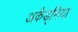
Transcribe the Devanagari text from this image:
अकैड्मिया